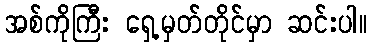
အစ်ကိုကြီး ရှေ့မှတ်တိုင်မှာ ဆင်းပါ။